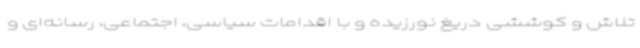
تلاش و کوششی دریغ نورزیده و با اقدامات سیاسی، اجتماعی، رسانه‌ای و